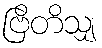
ဗြိတိသျှ